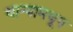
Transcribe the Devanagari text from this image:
धान्यामधून